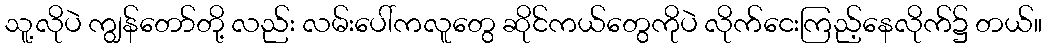
သူ့လိုပဲ ကျွန်တော်တို့ လည်း လမ်းပေါ်ကလူတွေ ဆိုင်ကယ်တွေကိုပဲ လိုက်ငေးကြည့်နေလိုက်၌ တယ်။